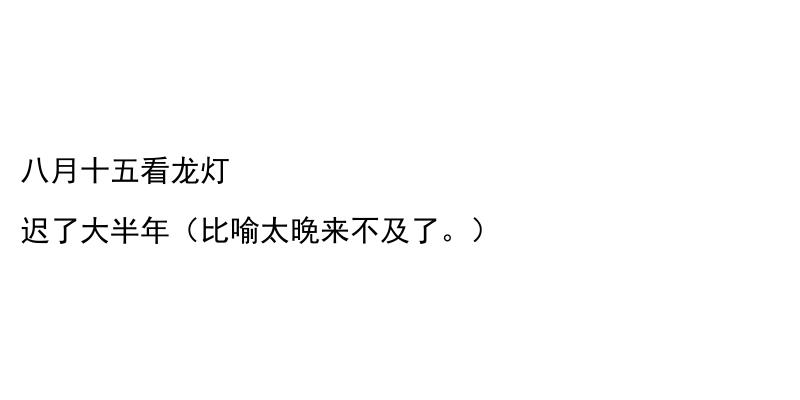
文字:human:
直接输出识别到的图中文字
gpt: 八月十五看龙灯 迟了大半年（比喻太晚来不及了。）